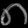
Digit: ၈